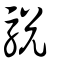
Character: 駾